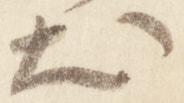
出